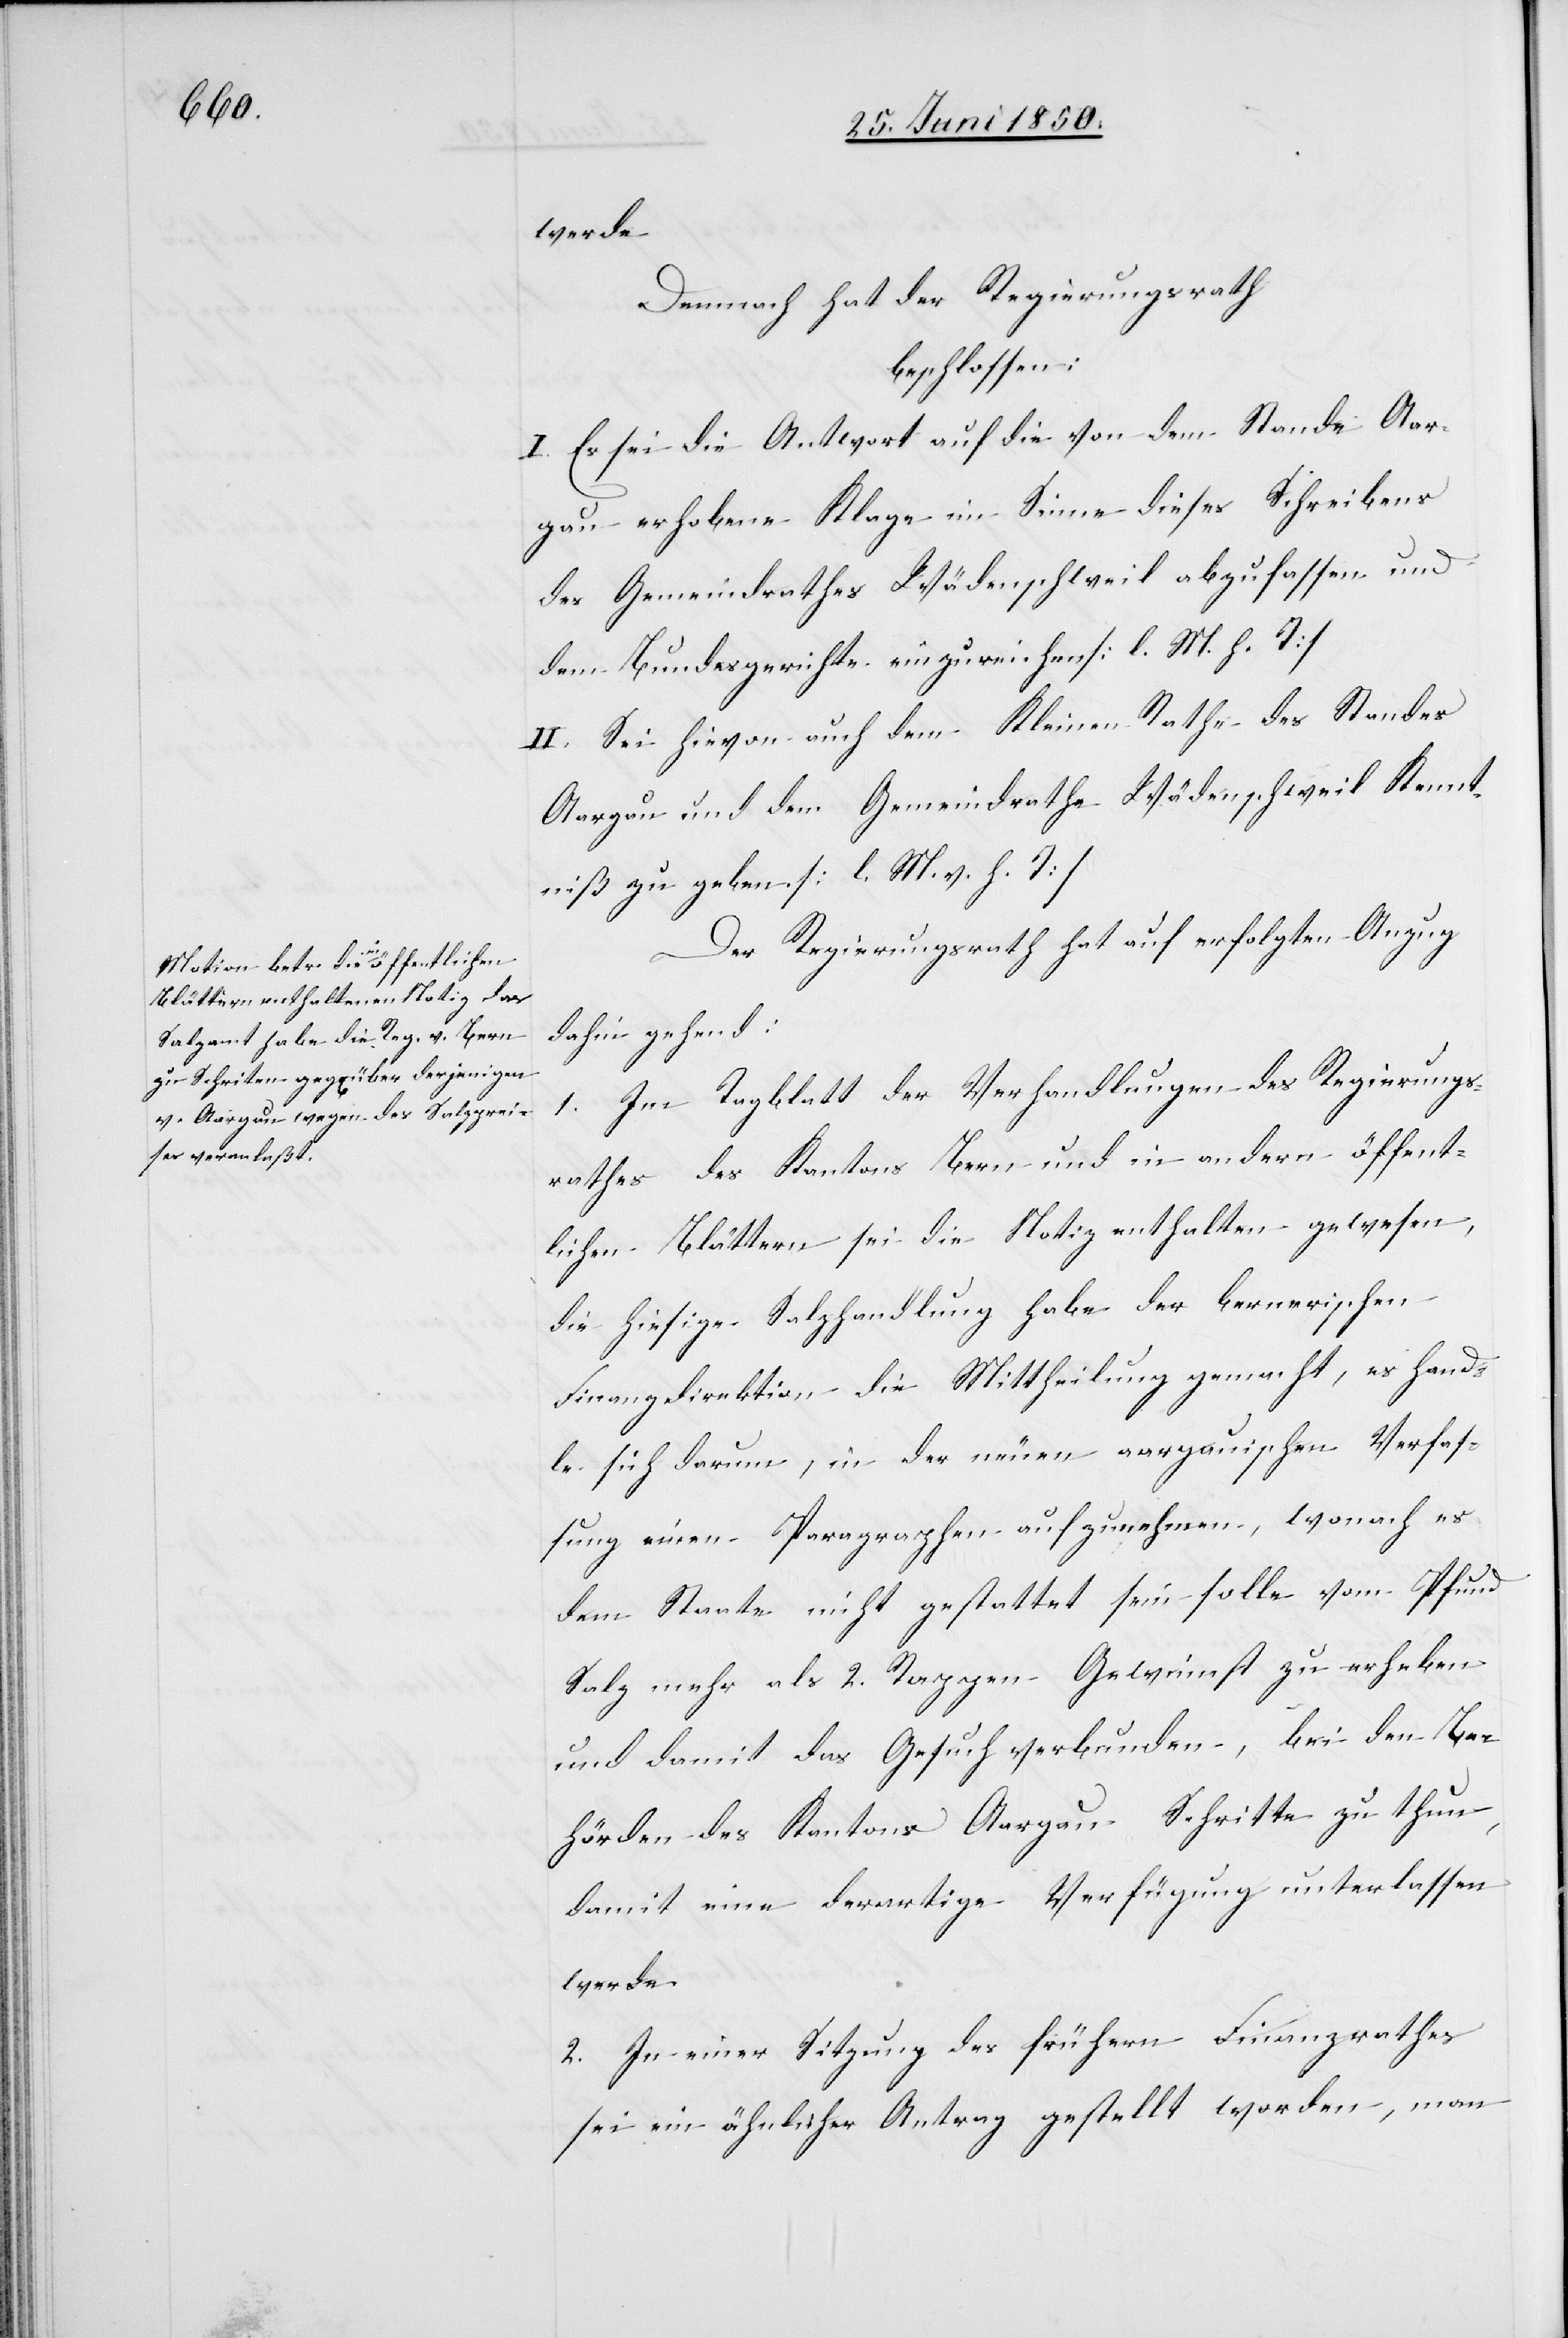
werde.
Demnach hat der Regierungsrath
beschlossen:
I. Es sei die Antwort auf die von dem Stande Aar¬
gau erhobene Klage im Sinne dieses Schreibens
des Gemeindrathes Wädenschweil abzufassen und
dem Bundesgerichte einzureichen [l. M. h. T]
II. Sei hievon auch dem Kleinen Rathe des Standes
Aargau und dem Gemeindrathe Wädenschweil Kennt¬
niß zu geben [l. M. v. h. T]
Der Regierungsrath hat auf erfolgten Anzug
dahin gehend:
1. Im Tagblatt der Verhandlungen des Regierungs¬
rathes des Kantons Bern und in andern öffent¬
lichen Blättern sei die Notiz enthalten gewesen,
die hiesige Salzhandlung habe der bernerischen
Finanzdirektion die Mittheilung gemacht, es hand¬
le sich darum, in der neuen aargauischen Verfas¬
sung einen Paragraphen aufzunehmen, wonach es
dem Staate nicht gestattet sein solle vom Pfund
Salz mehr als 2. Rappen Gewinnst[euer] zu erheben
und damit das Gesuch verbunden, bei den Be¬
hörden des Kantons Aargau Schritte zu thun,
damit eine derartige Verfügung unterlassen
werde.
2. In einer Sitzung des frühern Finanzrathes
sei ein ähnlicher Antrag gestellt worden, man